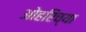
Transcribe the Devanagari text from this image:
ओहरिंच्या